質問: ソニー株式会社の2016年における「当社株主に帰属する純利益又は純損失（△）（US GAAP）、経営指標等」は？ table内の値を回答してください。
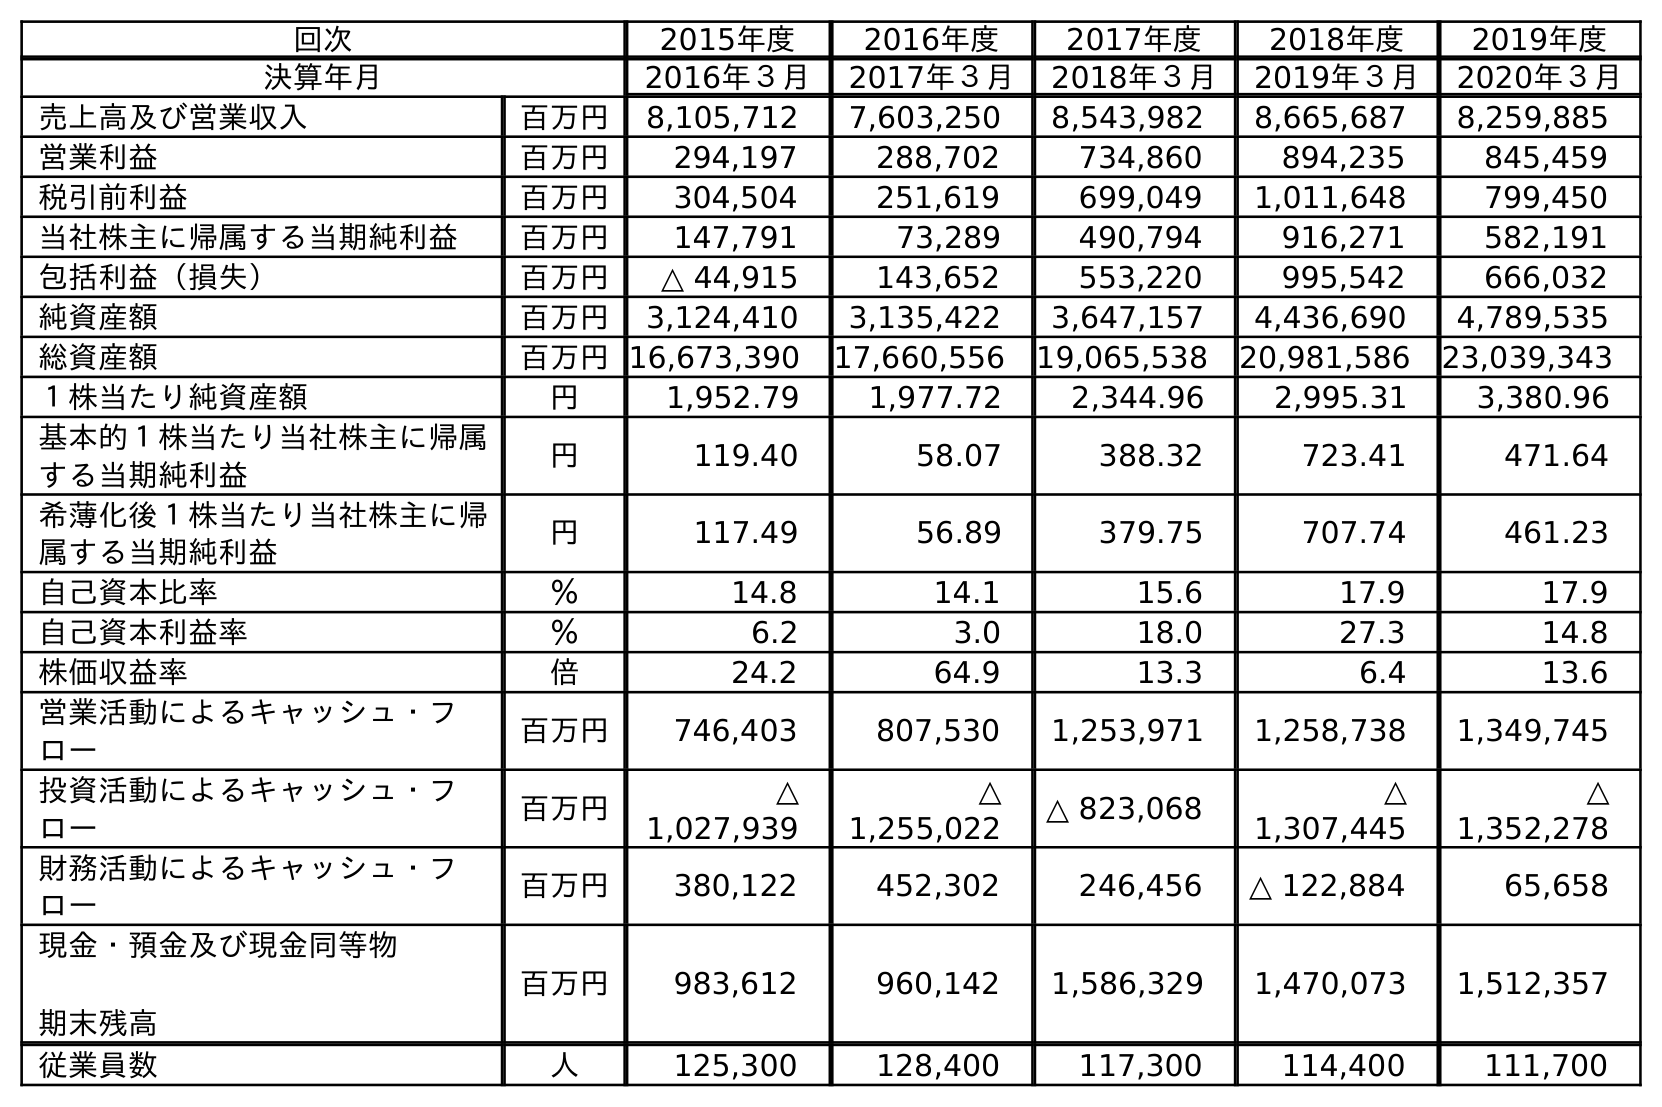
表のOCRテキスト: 回次 2015年度 2016年度 2017年度 2018年度 2019年度 決算年月 2016年３月 2017年３月 2018年３月 2019年３月 2020年３月 売上高及び営業収入 百万円 8,105,712 7,603,250 8,543,982 8,665,687 8,259,885 営業利益 百万円 294,197 288,702 734,860 894,235 845,459 税引前利益 百万円 304,504 251,619 699,049 1,011,648 799,450 当社株主に帰属する当期純利益 百万円 147,791 73,289 490,794 916,271 582,191 包括利益（損失） 百万円 △ 44,915 143,652 553,220 995,542 666,032 純資産額 百万円 3,124,410 3,135,422 3,647,157 4,436,690 4,789,535 総資産額 百万円16,673,390 17,660,556 19,065,538 20,981,586 23,039,343 １株当たり純資産額 円 1,952.79 1,977.72 2,344.96 2,995.31 3,380.96 基本的１株当たり当社株主に帰属 する当期純利益 円 119.40 58.07 388.32 723.41 471.64 希薄化後１株当たり当社株主に帰 属する当期純利益 円 117.49 56.89 379.75 707.74 461.23 自己資本比率 ％ 14.8 14.1 15.6 17.9 17.9 自己資本利益率 ％ 6.2 3.0 18.0 27.3 14.8 株価収益率 倍 24.2 64.9 13.3 6.4 13.6 営業活動によるキャッシュ・フ ロー 百万円 746,403 807,530 1,253,971 1,258,738 1,349,745 投資活動によるキャッシュ・フ ロー 百万円 △ 1,027,939 △ 1,255,022 △ 823,068 △ 1,307,445 △ 1,352,278 財務活動によるキャッシュ・フ ロー 百万円 380,122 452,302 246,456 △ 122,884 65,658 現金・預金及び現金同等物 期末残高 百万円 983,612 960,142 1,586,329 1,470,073 1,512,357 従業員数 人 125,300 128,400 117,300 114,400 111,700
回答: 147,791